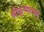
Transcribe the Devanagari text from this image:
श्रीकृष्णासह